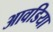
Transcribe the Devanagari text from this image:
आवडिया